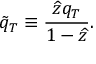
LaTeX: \tilde { q } _ { T } \equiv \frac { \widehat { z } q _ { T } } { 1 - \widehat { z } } .